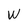
Character: W